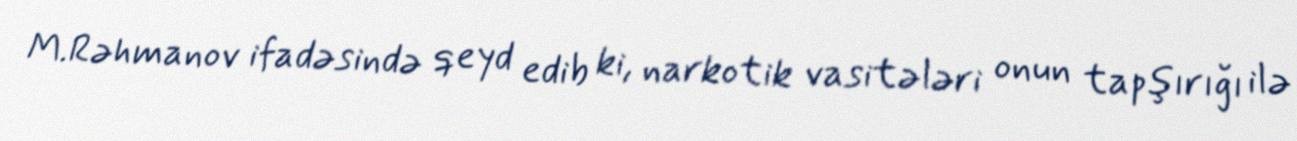
M.Rəhmanov ifadəsində qeyd edib ki, narkotik vasitələri onun tapşırığı ilə